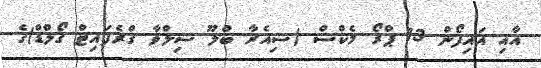
އާއި އައިފޯން 13 ޕްރޯ މެކްސް (ސިއެރާ ބްލޫ ސިލްވާ ގްރެފައިޓް ގޯލްޑް)ގެ